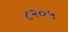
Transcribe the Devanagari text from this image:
८२०५